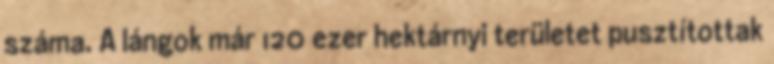
száma. A lángok már 120 ezer hektárnyi területet pusztítottak